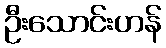
ဦးသောင်းဟန်